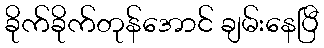
ခိုက်ခိုက်တုန်အောင် ချမ်းနေပြီ